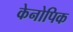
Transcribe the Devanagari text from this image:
केनोपिक